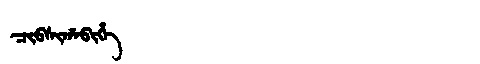
Manchu: ᠴᡳᠪᠰᡳᡥᠠᠪᡳᡥᡝ
Romanization: CIBSIHABIHE